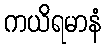
ကယိရမာနံ